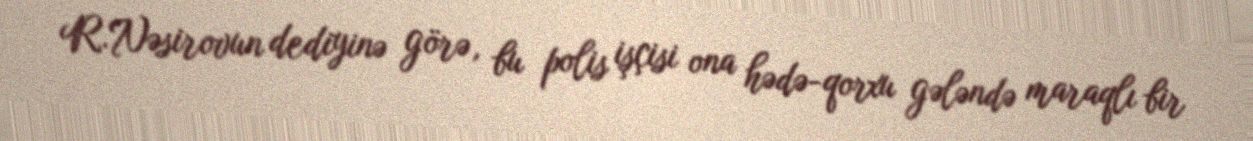
R.Nəsirovun dediyinə görə, bu polis işçisi ona hədə-qorxu gələndə maraqlı bir